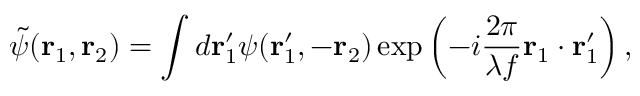
\tilde { \psi } ( \mathbf { r } _ { 1 } , \mathbf { r } _ { 2 } ) = \int d \mathbf { r } _ { 1 } ^ { \prime } \psi ( \mathbf { r } _ { 1 } ^ { \prime } , - \mathbf { r } _ { 2 } ) \exp \left( - i \frac { 2 \pi } { \lambda f } \mathbf { r } _ { 1 } \cdot \mathbf { r } _ { 1 } ^ { \prime } \right) ,